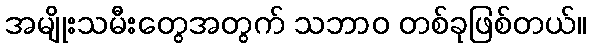
အမျိုးသမီးတွေအတွက် သဘာဝ တစ်ခုဖြစ်တယ်။